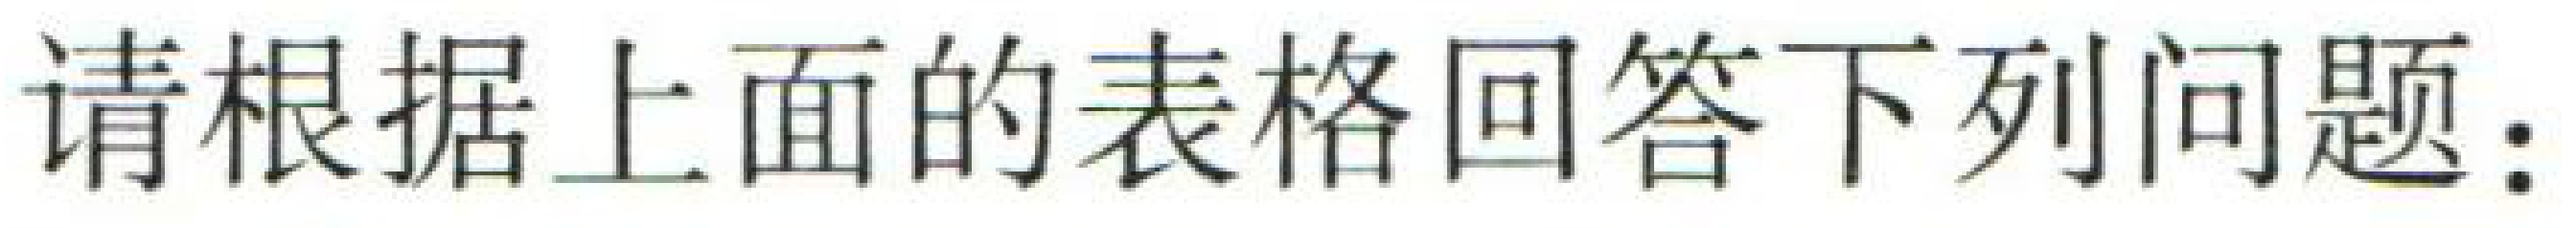
请根据上面的表格回答下列问题：